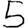
Digit: 5